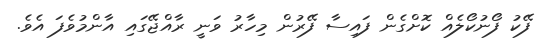
ފޭކު ފޯނުކޯލެއް ކޮށްގެން ފައިސާ ފޭރުން މިހާރު ވަނީ ރާއްޖޭގައި އާންމުވެފަ އެވެ.